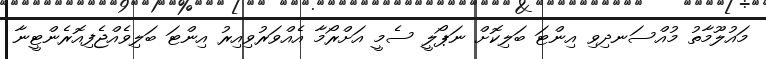
މައުލޫމާތު މުއްސަނދިވި އިންޓަ ބަލިކޮށް ނަޕޯލީ ސެމީ އަށްރޯމާ އެއްވަރުވިއިރު އިންޓަ ބަލިވެއްޖެފިއޮރެންޓީނާ